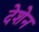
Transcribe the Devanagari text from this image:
देशेन